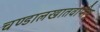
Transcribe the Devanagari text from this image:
चण्डालखातवापीषु